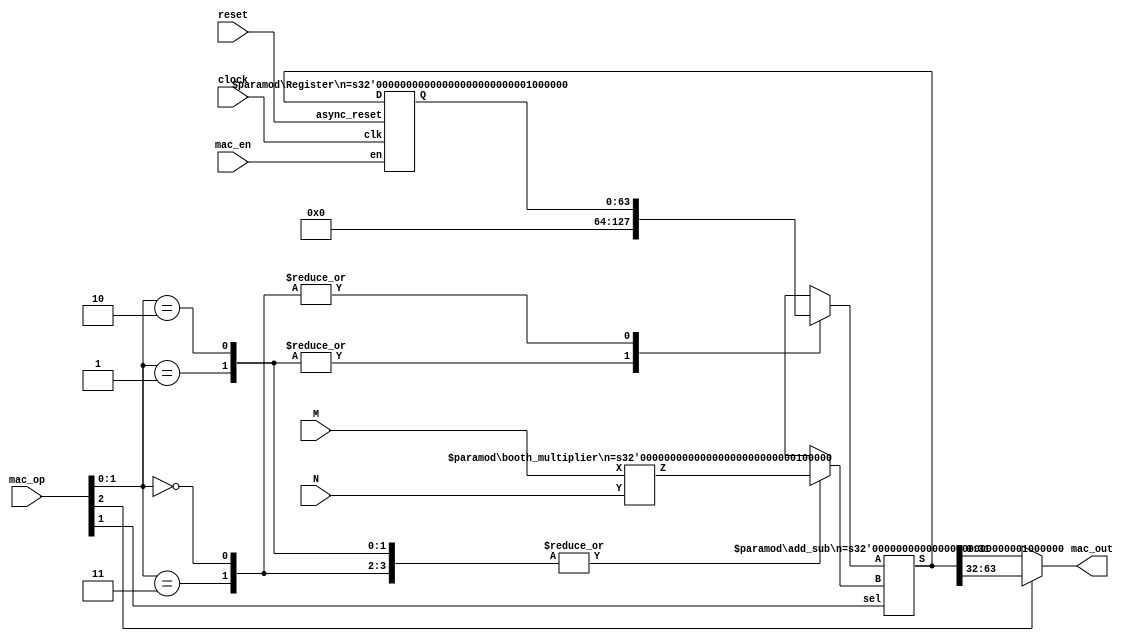

module MAC_UNIT
#(parameter DATA_W = 32, ACC_W = 64)
(
 input [DATA_W-1:0]M,N,
 input clock,reset,mac_en,
 input [2:0]mac_op,
 output [DATA_W-1:0]mac_out
);


wire [ACC_W - 1:0]product,sum;
wire [ACC_W - 1:0]acc_out;
reg [ACC_W - 1:0]add_comp1,add_comp2;



booth_multiplier  #(DATA_W)   mul   (M,N,product);



always @(*)
begin
case(mac_op[1:0])
2'd0: begin add_comp1 = acc_out; add_comp2= product; end // MAC
2'd1: begin add_comp1 = 0; 		add_comp2= product; end // MTA
2'd2: begin add_comp1 = 0; 		add_comp2= product; end // MTAN
2'd3: begin add_comp1 = acc_out; add_comp2= product; end // MSC

endcase

end


add_sub      #(ACC_W) add_   (add_comp1,add_comp2,mac_op[1],sum);
assign mac_out = mac_op[2] ? sum [ACC_W-1:DATA_W] : sum [DATA_W-1:0];
Register   #(ACC_W) R_ACC (sum,clock,reset,mac_en,acc_out);

endmodule








module Register  
#(parameter n=8) 
(D,clk,async_reset,en,Q);                        
input [n-1:0]D;                                                 // Data input 
input clk;                                                     // clock input 
input async_reset; 
input en;                                            // asynchronous reset low level
output reg [n-1:0]Q = 'd0;                                      // output Q 
always @(posedge clk or posedge async_reset) 
begin
 if(async_reset==1'b1)
  Q <= 'd0; 
 else if(async_reset==1'b0 && en ==1'b1)
  Q <= D; 
 else 
  Q <= Q; 
end 
endmodule


module Register_n  
#(parameter n=8) 
(D,clk,async_reset,en,Q);                        
input [n-1:0]D;                                                 // Data input 
input clk;                                                     // clock input 
input async_reset; 
input en;                                            // asynchronous reset low level
output reg [n-1:0]Q = 'd0;                                      // output Q 
always @(negedge clk or posedge async_reset) 
begin
 if(async_reset==1'b1)
  Q <= 'd0; 
 else if(async_reset==1'b0 && en ==1'b1)
  Q <= D; 
 else 
  Q <= Q; 
end 
endmodule



module add_sub
#(parameter n=32)
(
input signed [n-1:0]A,B,
input sel,
output signed [n - 1:0]S
);


assign S = sel? A-B : A+B;

endmodule




module normal_multiplier 
#(parameter n = 32)
(X, Y, Z);

input   signed [ n-1     : 0] X, Y;
output  signed [ 2*n - 1 : 0] Z;

assign Z = X*Y;


endmodule


module booth_multiplier 
#(parameter n = 32)
(X, Y, Z);

input      signed [ n-1     : 0] X, Y;
output reg signed [ 2*n - 1 : 0] Z;
reg [1:0] temp;
integer i;
reg E1;
reg [n-1:0] Y1;

always @ (X, Y)
	begin
     Z = 'd0;
     E1 = 'd0;
   for (i = 0; i < n; i = i + 1)
     begin
        temp = {X[i], E1};
        Y1 = ~Y + 1;
         case (temp)
			     
				  2'd1 : Z [2*n - 1 : n] = Z [2*n - 1: n] + Y;  // add
              2'd2 : Z [2*n - 1 : n] = Z [2*n - 1: n] + Y1; // subtract

           default : Z = Z;
		               
         endcase
		 
       Z = Z >> 1;
       Z[2*n - 1] = Z[2*n - 2];  // RSA
       E1 = X[i];
     end
  end
      
endmodule